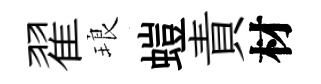
翟琅螘責材